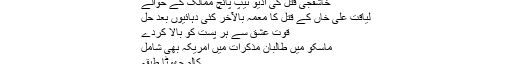
محمود اسلم
خاشقجی قتل کی آڈیو ٹیپ پانچ ممالک کے حوالے
لیاقت علی خاں کے قتل کا معمہ بالآخر کئی دہائیوں بعد حل
قوتِ عشق سے ہر پست کو بالا کردے
ماسکو میں طالبان مذکرات میں امریکہ بھی شامل
کالم چھوٹا طبقہ
علامہ شیخ محمد اقبال